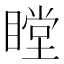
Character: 瞠